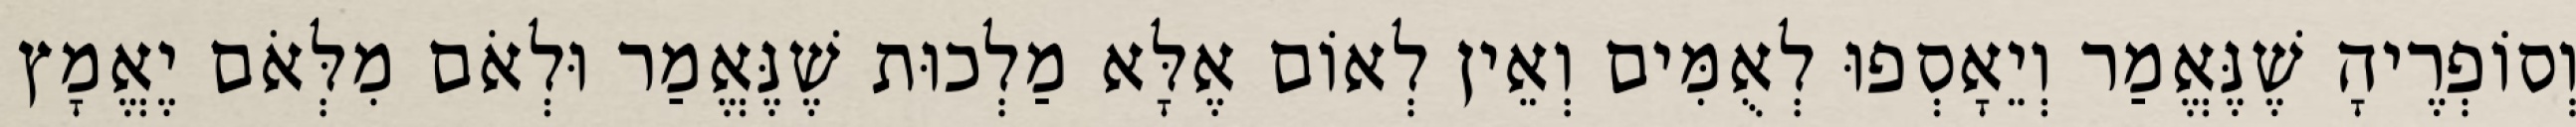
וְסוֹפְרֶיהָ שֶׁנֶּאֱמַר וְיֵאָסְפוּ לְאֻמִּים וְאֵין לְאוֹם אֶלָּא מַלְכוּת שֶׁנֶּאֱמַר וּלְאֹם מִלְּאֹם יֶאֱמָץ